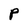
Character: P